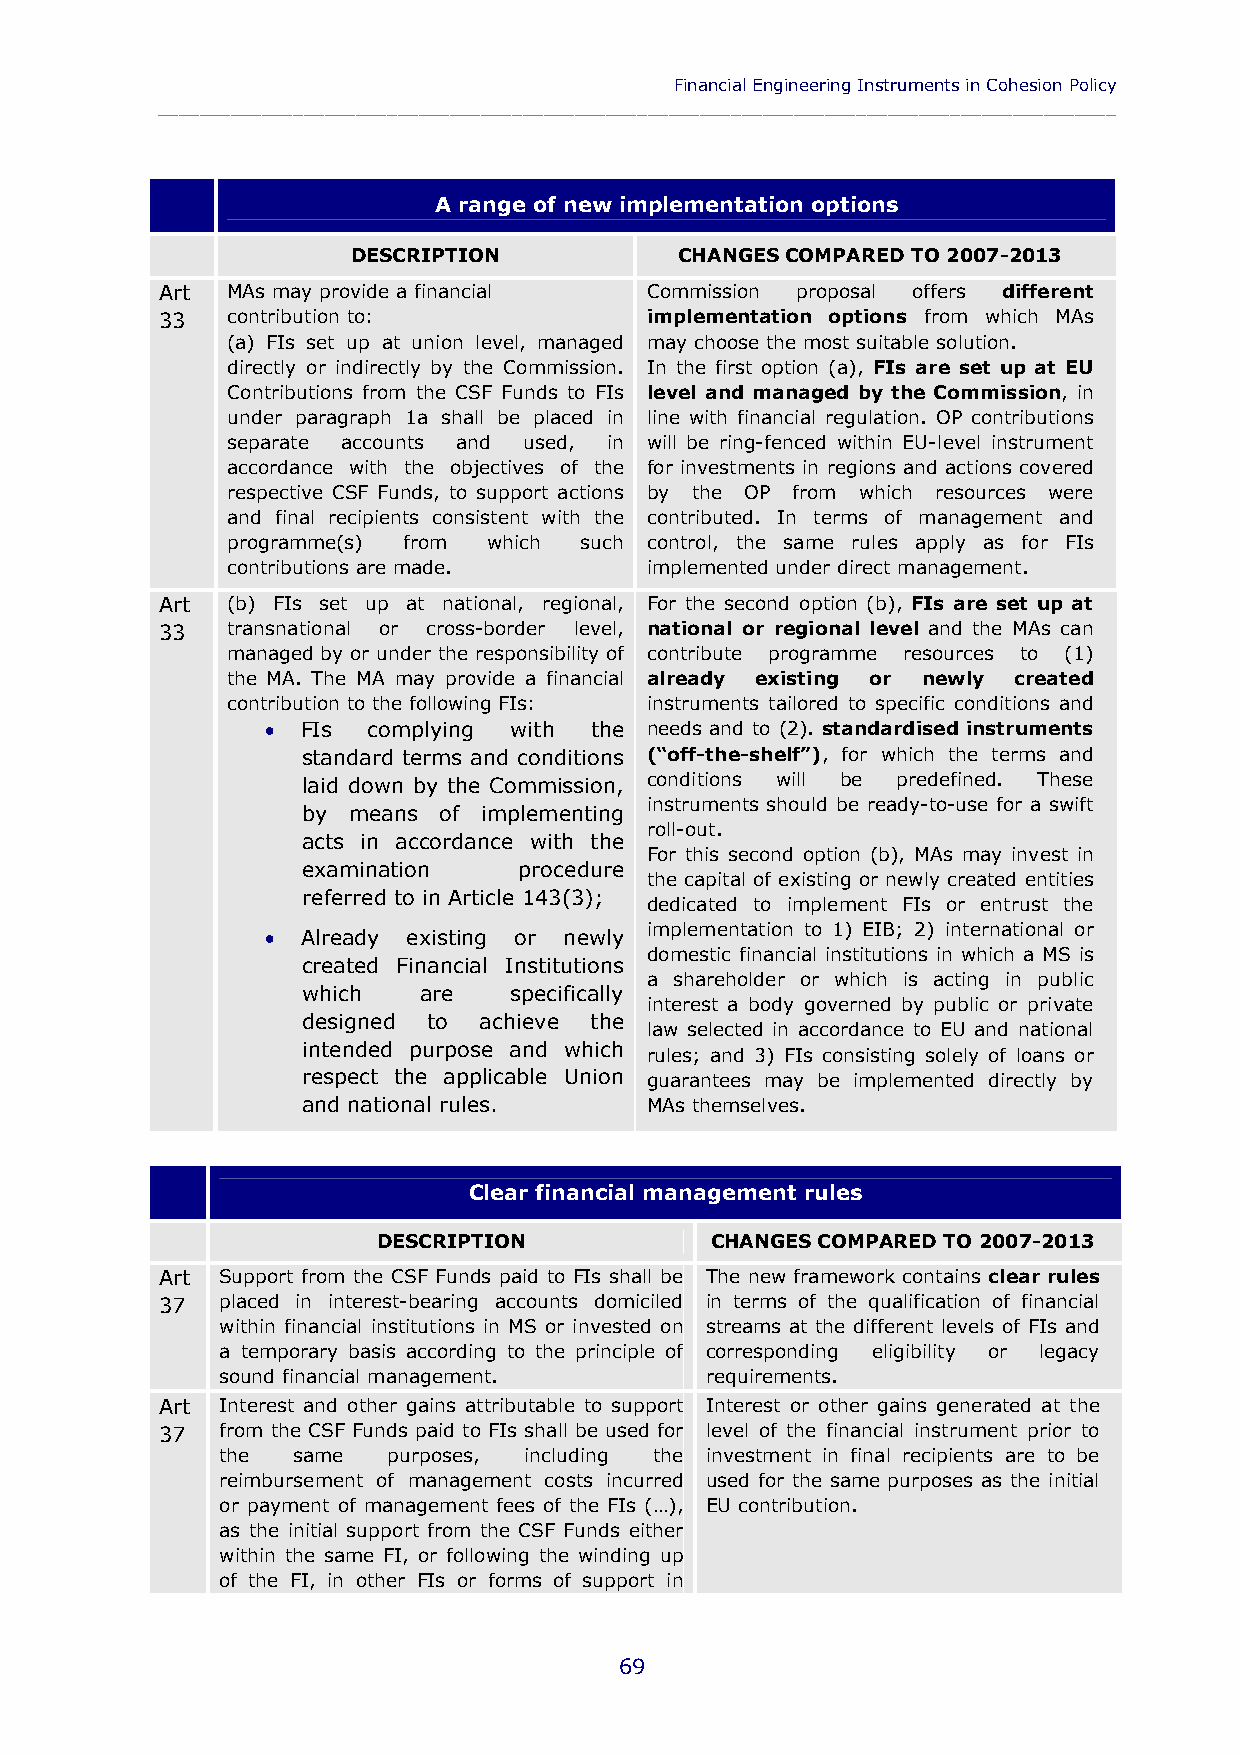
Financial Engineering Instruments in Cohesion Policy
 ____________________________________________________________________________________________
 A range of new implementation options
 DESCRIPTION           CHANGES COMPARED TO 2007-2013
 Art MAs may provide a financial Commission proposal offers different
 33  contribution to:            implementation options from which MAs
 (a) FIs set up at union level, managed may choose the most suitable solution.
 directly or indirectly by the Commission. In the first option (a), FIs are set up at EU
 Contributions from the CSF Funds to FIs level and managed by the Commission, in
 under paragraph 1a shall be placed in line with financial regulation. OP contributions
 separate accounts and used, in will be ring-fenced within EU-level instrument
 accordance with the objectives of the for investments in regions and actions covered
 respective CSF Funds, to support actions by the OP from which resources were
 and final recipients consistent with the contributed. In terms of management and
 programme(s) from which such control, the same rules apply as for FIs
 contributions are made.     implemented under direct management.
 Art (b) FIs set up at national, regional, For the second option (b), FIs are set up at
 33  transnational or cross-border level, national or regional level and the MAs can
 managed by or under the responsibility of contribute programme resources to (1)
 the MA. The MA may provide a financial already existing or newly created
 contribution to the following FIs: instruments tailored to specific conditions and
  FIs complying with the needs and to (2). standardised instruments
 standard terms and conditions (“off-the-shelf”), for which the terms and
 laid down by the Commission, conditions will be predefined. These
 instruments should be ready-to-use for a swift
 by means of implementing
 roll-out.
 acts in accordance with the
 For this second option (b), MAs may invest in
 examination   procedure
 the capital of existing or newly created entities
 referred to in Article 143(3);
 dedicated to implement FIs or entrust the
 implementation to 1) EIB; 2) international or
  Already existing or newly
 domestic financial institutions in which a MS is
 created Financial Institutions
 a shareholder or which is acting in public
 which   are   specifically
 interest a body governed by public or private
 designed to achieve the
 law selected in accordance to EU and national
 intended purpose and which
 rules; and 3) FIs consisting solely of loans or
 respect the applicable Union guarantees may be implemented directly by
 and national rules.    MAs themselves.
 Clear financial management rules
 DESCRIPTION           CHANGES COMPARED TO 2007-2013
 Art Support from the CSF Funds paid to FIs shall be The new framework contains clear rules
 37  placed in interest-bearing accounts domiciled in terms of the qualification of financial
 within financial institutions in MS or invested on streams at the different levels of FIs and
 a temporary basis according to the principle of corresponding eligibility or legacy
 sound financial management.     requirements.
 Art Interest and other gains attributable to support Interest or other gains generated at the
 37  from the CSF Funds paid to FIs shall be used for level of the financial instrument prior to
 the same   purposes, including the investment in final recipients are to be
 reimbursement of management costs incurred used for the same purposes as the initial
 or payment of management fees of the FIs (…), EU contribution.
 as the initial support from the CSF Funds either
 within the same FI, or following the winding up
 of the FI, in other FIs or forms of support in
 69